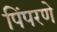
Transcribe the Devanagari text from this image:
पिंपरणे